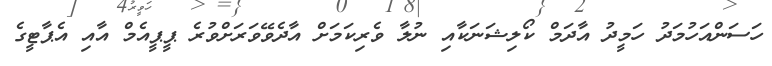
ހަސަންއަހުމަދު ހަމީދު އާދަމް ކޯލިޝަނަކާއި ނުލާ ވެރިކަމަށް އާދެވޭވަރަށްވުރެ ޕީޕީއެމް އާއި އެޕާޓީގެ